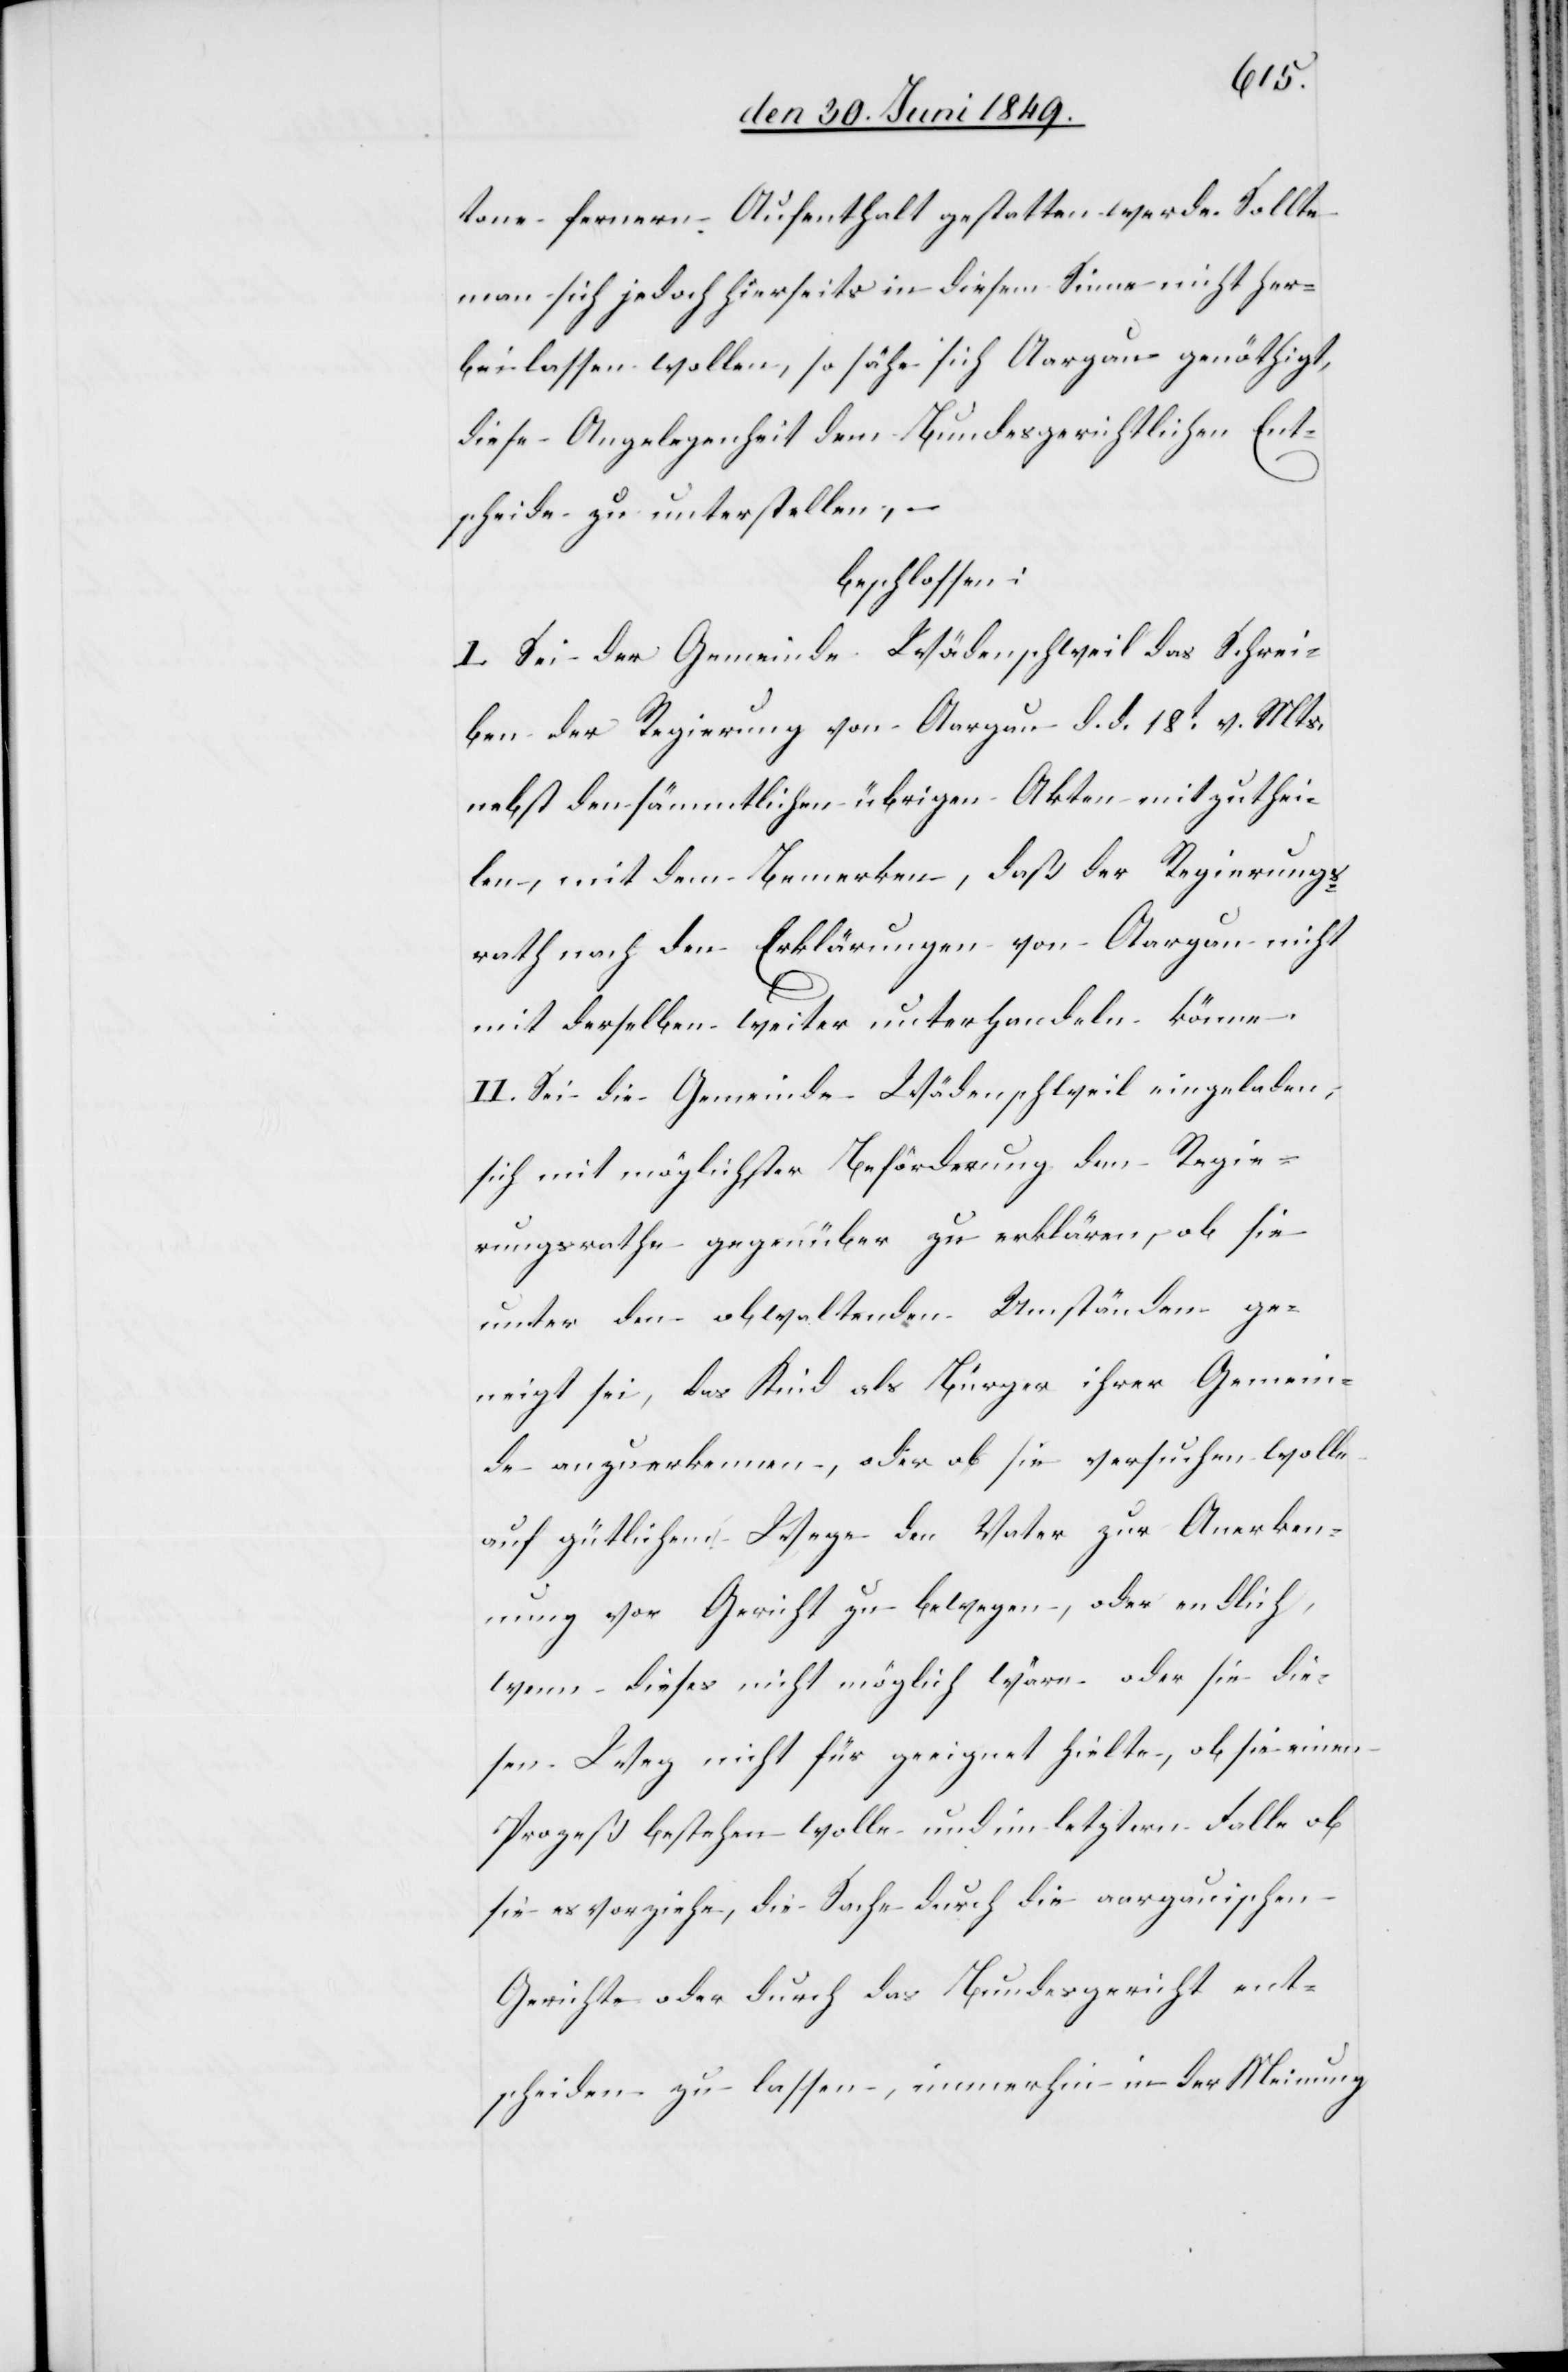
tone fernern Aufenthalt gestatten werde. Sollte
man sich jedoch hierseits in diesem Sinne nicht her¬
bei lassen wollen, so sähe sich Aargau genöthigt,
diese Angelegenheit dem Bundesgerichtlichen Ent¬
scheide zu unterstellen, –
beschlossen:
I. Sei der Gemeinde Wädenschweil das Schrei¬
ben der Regierung von Aargau d. d. 18t v. Mts.
nebst den sämmtlichen übrigen Akten mitzuthei¬
len, mit dem Bemerken, daß der Regierungs¬
rath nach den Erklärungen von Aargau nicht
mit derselben weiter unterhandeln könne.
II. Sei die Gemeinde Wädenschweil eingeladen,
sich mit möglichster Beförderung dem Regie¬
rungsrathe gegenüber zu erklären, ob sie
unter den obwaltenden Umständen ge¬
neigt sei, das Kind als Bürger ihrer Gemein¬
de anzuerkennen, oder ob sie versuchen wolle
auf gütlichem Wege den Vater zur Anerken¬
nung vor Gericht zu bewegen, oder endlich,
wenn dieses nicht möglich wäre oder sie die¬
sen Weg nicht für geeignet hielte, ob sie einen
Prozeß bestehen wolle und im letztern Falle ob
sie es vorziehe, die Sache durch die aargauischen
Gerichte oder durch das Bundesgericht ent¬
scheiden zu lassen, immerhin in der Meinung